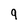
Character: q